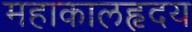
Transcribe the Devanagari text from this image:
महाकालहृदय